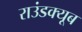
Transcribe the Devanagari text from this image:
राउंडक्यूब